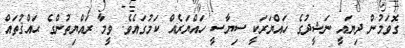
ގޮވަމުން ދިޔައީ ނަޝީދުގެ ހައްޔަރަކީ ސިޔާސީ ހައްޔަރެއް ކަމުގައެވެ. ވީމާ ރައްޔިތުންގެ ޙައްޤުތައް